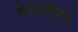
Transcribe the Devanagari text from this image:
मेगालीटर